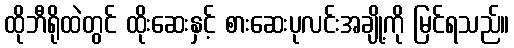
ထိုဘီရိုထဲတွင် ထိုးဆေးနှင့် စားဆေးပုလင်းအချို့ကို မြင်ရသည်။